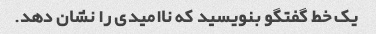
یک خط گفتگو بنویسید که ناامیدی را نشان دهد.